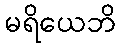
မရိယေဘိ